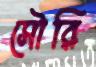
সৌরি